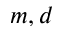
m , d